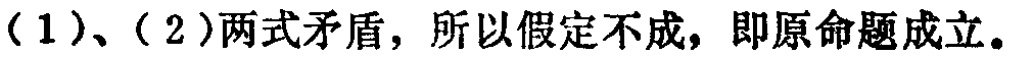
（1）、（2）两式矛盾，所以假定不成，即原命题成立。